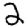
Digit: 2